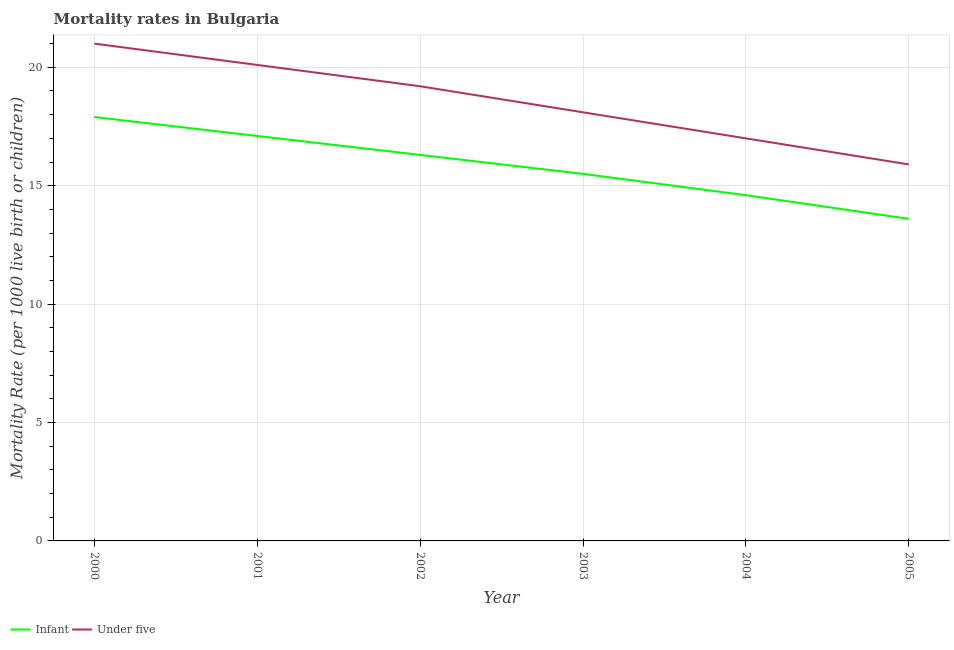
| Year | Infant | Under five |
 | --- | --- | --- |
 | 2000 | 17.9 | 21 |
 | 2001 | 17.1 | 20.1 |
 | 2002 | 16.3 | 19.2 |
 | 2003 | 15.5 | 18.1 |
 | 2004 | 14.6 | 17 |
 | 2005 | 13.6 | 15.9 |